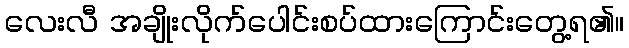
လေးလီ အချိုးလိုက်ပေါင်းစပ်ထားကြောင်းတွေ့ရ၏။